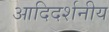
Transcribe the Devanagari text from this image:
आदिदर्शनीय